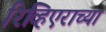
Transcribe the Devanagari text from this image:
रिव्हिएराच्या